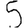
Digit: 5